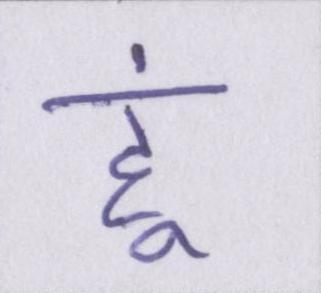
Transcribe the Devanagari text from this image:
हूं